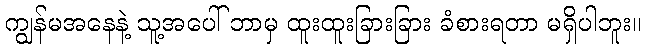
ကျွန်မအနေနဲ့ သူ့အပေါ် ဘာမှ ထူးထူးခြားခြား ခံစားရတာ မရှိပါဘူး။